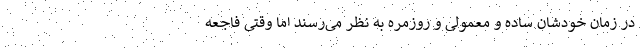
در زمان خودشان ساده و معمولی و روزمره به نظر می‌رسند اما وقتی فاجعه